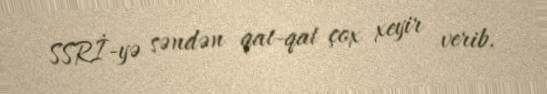
SSRİ-yə səndən qat-qat çox xeyir verib.